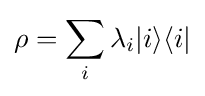
\rho =\sum _{i}\lambda _{i}|i\rangle \langle i|